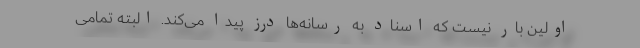
اولین بار نیست که اسناد به رسانه‌ها درز پیدا می‌کند. البته تمامی